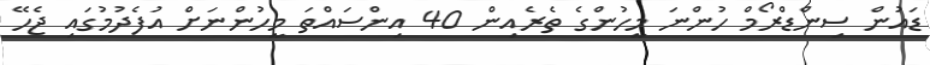
ޑައުން ސިންޑްރޯމް ހުންނަ މީހުންގެ ތެރެއިން 40 އިންސައްތަ މީހުންނަށް އުފެދުމުގައި ޖެހޭ